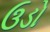
ઉડો